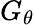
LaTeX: G_{\theta}